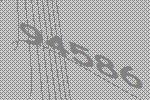
94586